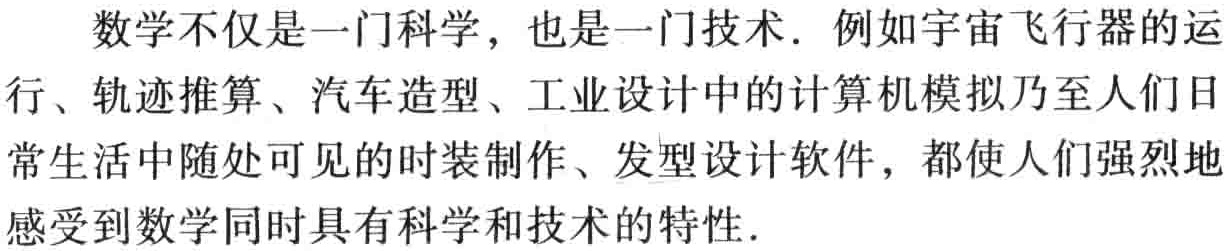
数学不仅是一门科学，也是一门技术. 例如宇宙飞行器的运行、轨迹推算、汽车造型、工业设计中的计算机模拟乃至人们日常生活中随处可见的时装制作、发型设计软件，都使人们强烈地感受到数学同时具有科学和技术的特性.